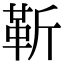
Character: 靳